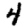
Digit: 4